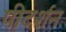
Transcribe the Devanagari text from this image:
पीटर्शन